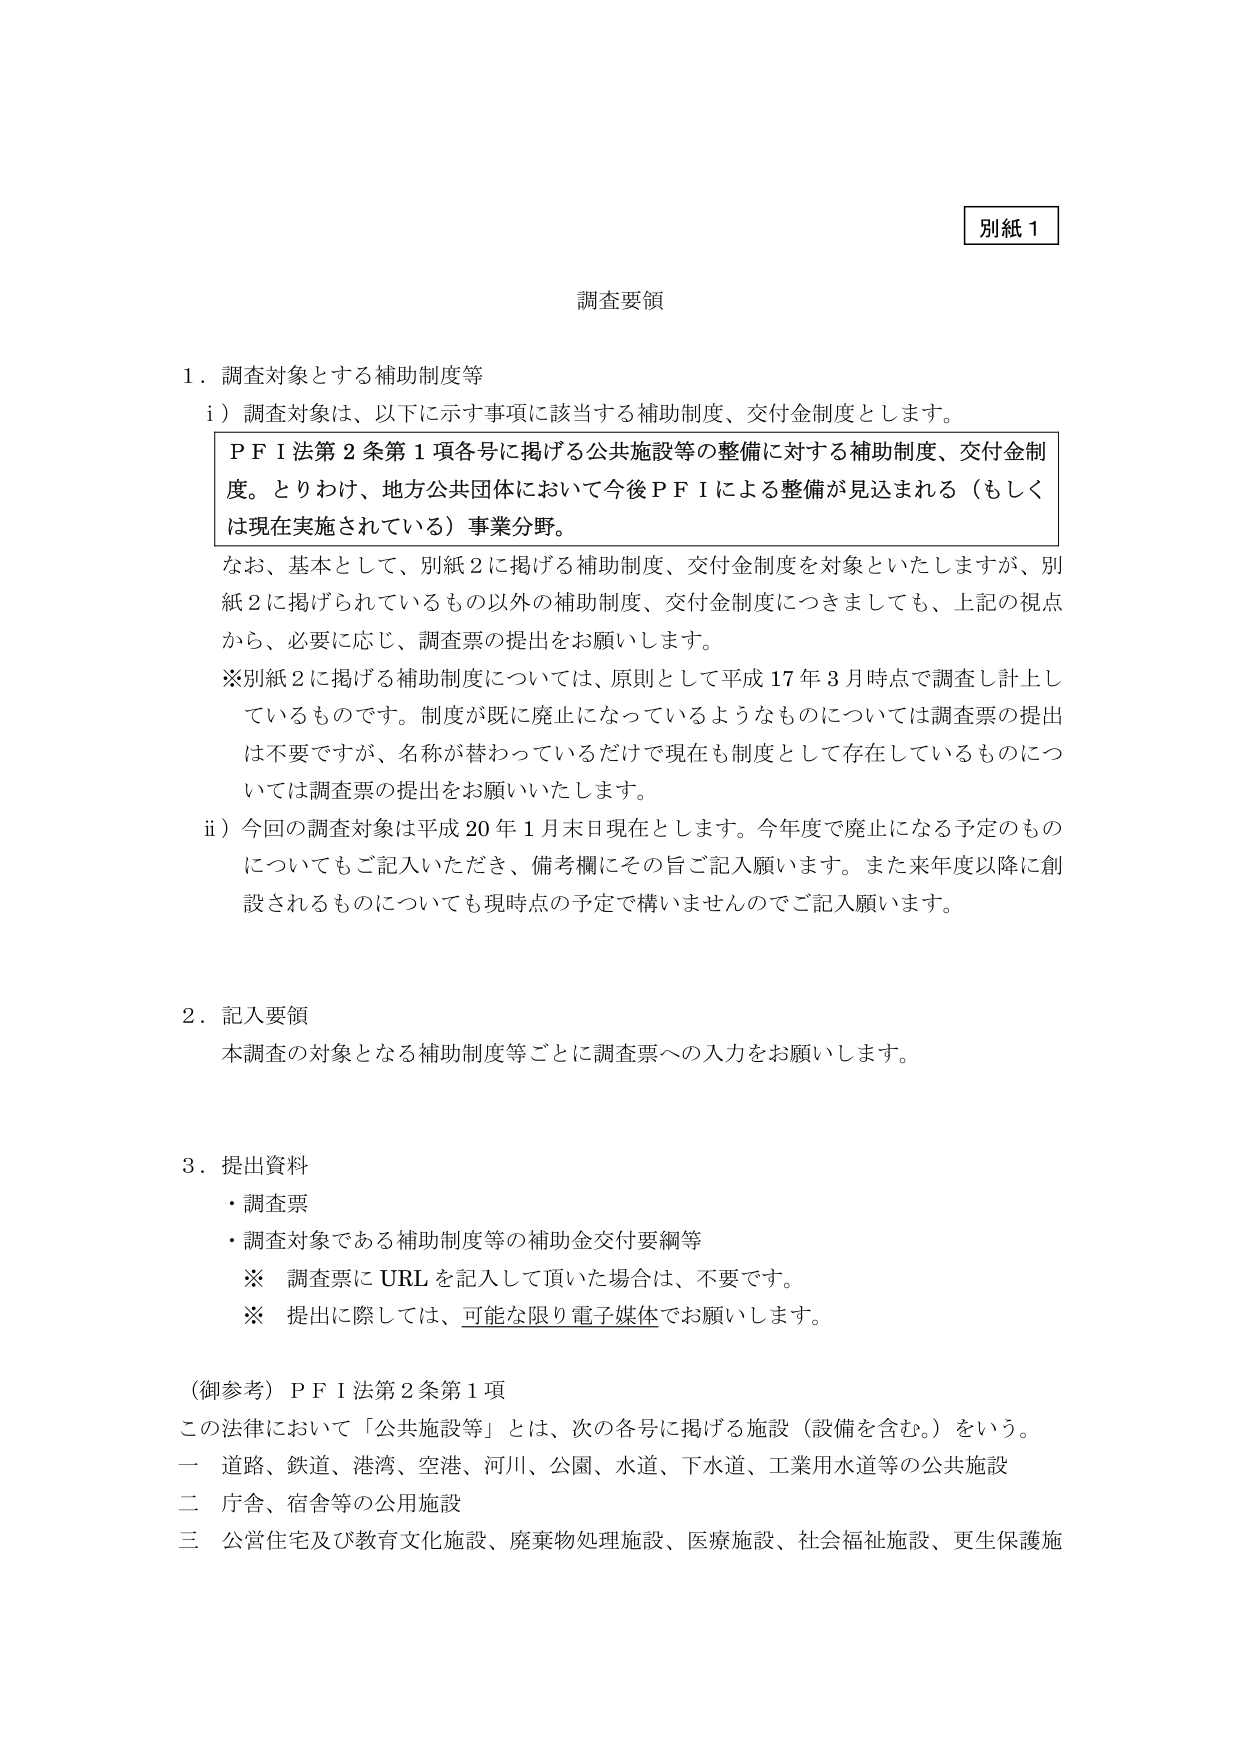
別紙１

調査要領

１．調査対象とする補助制度等

　i）調査対象は、以下に示す事項に該当する補助制度、交付金制度とします。

　　ＰＦＩ法第２条第１項各号に掲げる公共施設等の整備に対する補助制度、交付金制度。とりわけ、地方公共団体において今後ＰＦＩによる整備が見込まれる（もしくは現在実施されている）事業分野。

　なお、基本として、別紙２に掲げる補助制度、交付金制度を対象といたしますが、別紙２に掲げられているもの以外の補助制度、交付金制度につきましても、上記の視点から、必要に応じ、調査票の提出をお願いします。

　※別紙２に掲げる補助制度については、原則として平成17年3月時点で調査し計上しているものです。制度が既に廃止になっているようなものについては調査票の提出は不要ですが、名称が替わっているだけで現在も制度として存在しているものについては調査票の提出をお願いいたします。

　ii）今回の調査対象は平成20年1月末日現在とします。今年度で廃止になる予定のものについてもご記入いただき、備考欄にその旨ご記入願います。また来年度以降に創設されるものについても現時点の予定で構いませんのでご記入願います。

２．記入要領

　本調査の対象となる補助制度等ごとに調査票への入力をお願いします。

３．提出資料

　・調査票

　・調査対象である補助制度等の補助金交付要綱等

　　※ 調査票にURLを記入して頂いた場合は、不要です。

　　※ 提出に際しては、可能な限り電子媒体でお願いします。

（御参考）ＰＦＩ法第２条第１項

　この法律において「公共施設等」とは、次の各号に掲げる施設（設備を含む。）をいう。

　一 道路、鉄道、港湾、空港、河川、公園、水道、下水道、工業用水道等の公共施設

　二 庁舎、宿舎等の公用施設

　三 公営住宅及び教育文化施設、廃棄物処理施設、医療施設、社会福祉施設、更生保護施